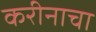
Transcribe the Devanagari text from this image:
करीनाचा